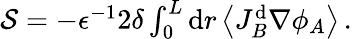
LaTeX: \begin{array}{r}{\mathcal{S}=-\epsilon^{-1}2\delta\int_{0}^{L}\mathrm{d}r\left\langle J_{B}^{\mathrm{d}}\nabla\phi_{A}\right\rangle\, .}\end{array}